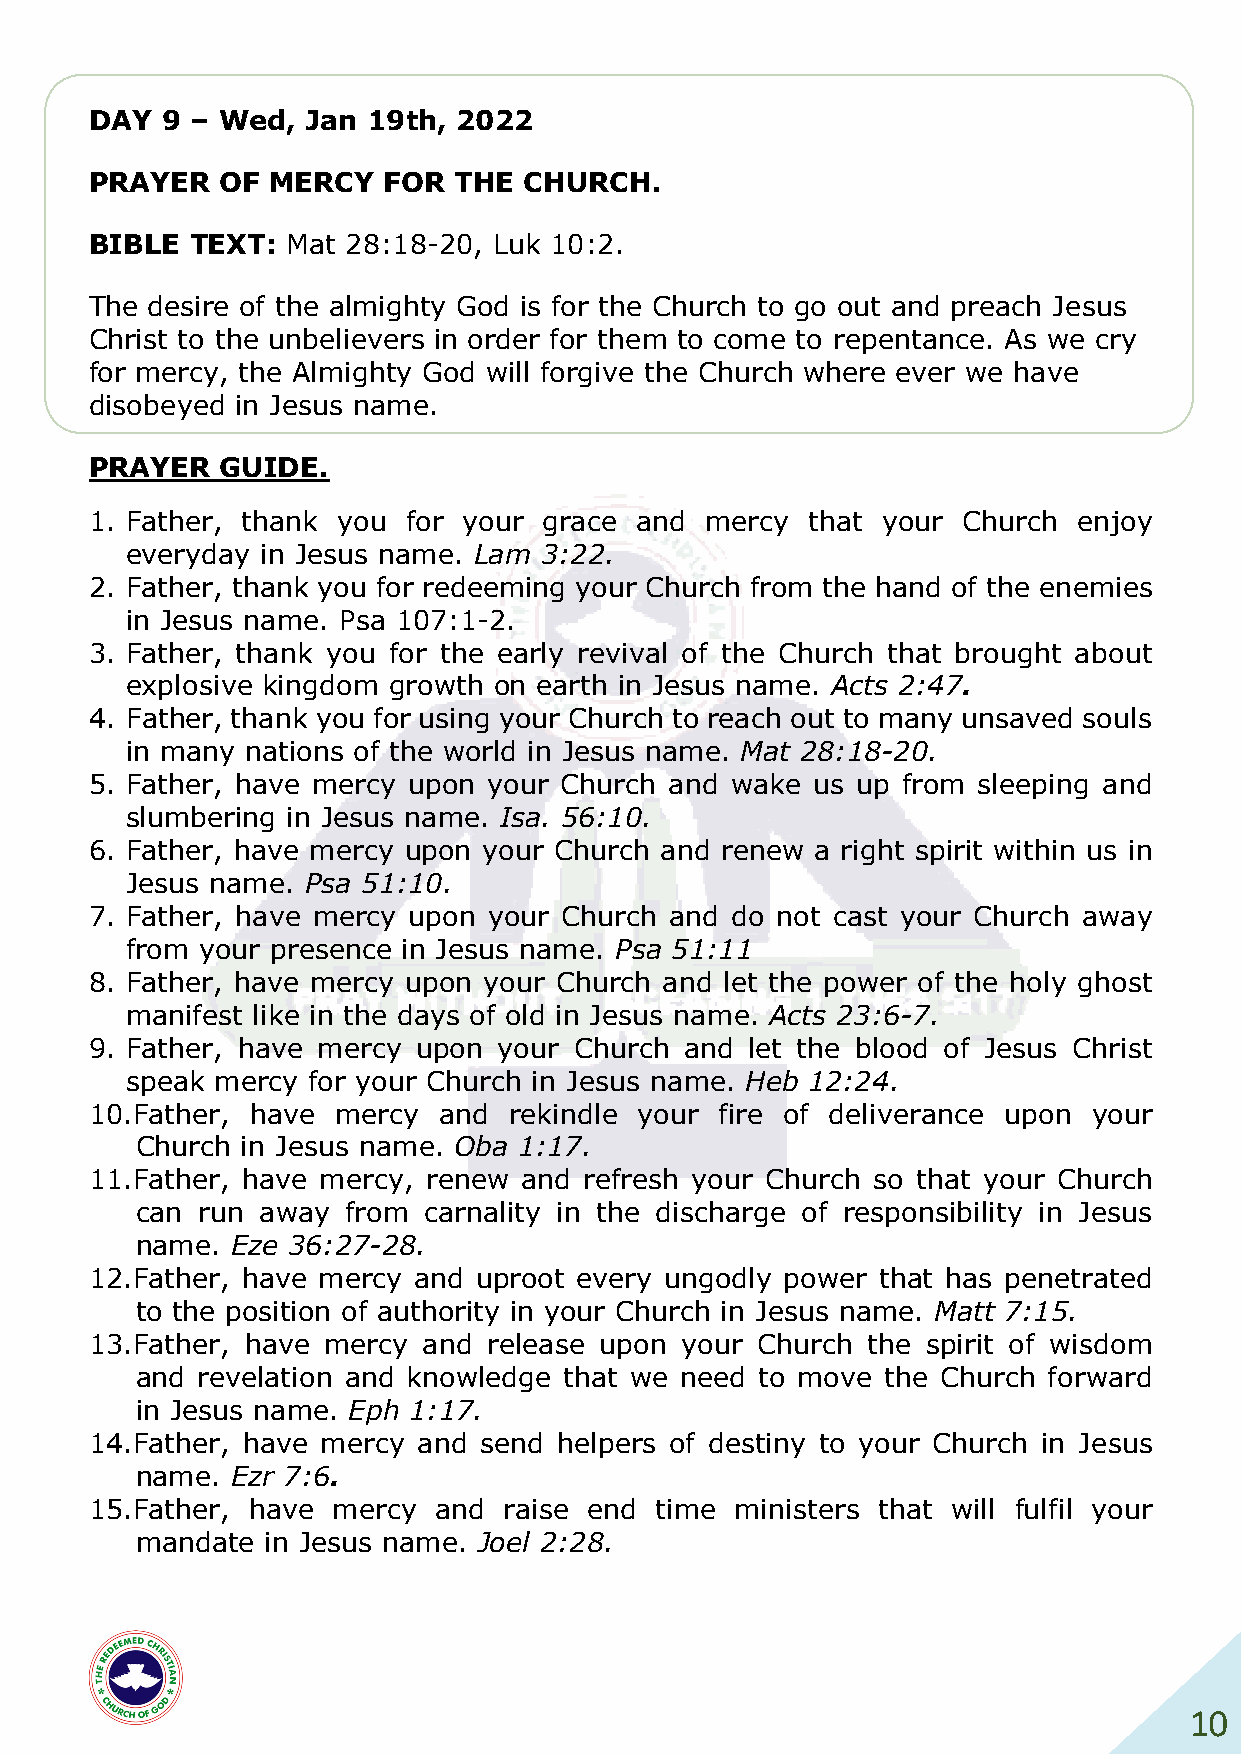
DAY  9 – Wed, Jan 19th, 2022
 PRAYER   OF MERCY  FOR  THE  CHURCH.
 BIBLE  TEXT: Mat 28:18-20, Luk 10:2.
 The desire of the almighty God is for the Church to go out and preach Jesus
 Christ to the unbelievers in order for them to come to repentance. As we cry
 for mercy, the Almighty God will forgive the Church where ever we have
 disobeyed in Jesus name.
 PRAYER   GUIDE.
 1. Father, thank you for your grace and  mercy  that your Church enjoy
 everyday in Jesus name. Lam 3:22.
 2. Father, thank you for redeeming your Church from the hand of the enemies
 in Jesus name. Psa 107:1-2.
 3. Father, thank you for the early revival of the Church that brought about
 explosive kingdom growth on earth in Jesus name. Acts 2:47.
 4. Father, thank you for using your Church to reach out to many unsaved souls
 in many nations of the world in Jesus name. Mat 28:18-20.
 5. Father, have mercy upon your Church and wake us up from sleeping and
 slumbering in Jesus name. Isa. 56:10.
 6. Father, have mercy upon your Church and renew a right spirit within us in
 Jesus name. Psa 51:10.
 7. Father, have mercy upon your Church and do not cast your Church away
 from your presence in Jesus name. Psa 51:11
 8. Father, have mercy upon your Church and let the power of the holy ghost
 manifest like in the days of old in Jesus name. Acts 23:6-7.
 9. Father, have mercy upon your Church and  let the blood of Jesus Christ
 speak mercy for your Church in Jesus name. Heb 12:24.
 10. Father, have mercy and  rekindle your fire of deliverance upon your
 Church in Jesus name. Oba 1:17.
 11. Father, have mercy, renew and refresh your Church so that your Church
 can run away  from carnality in the discharge of responsibility in Jesus
 name. Eze 36:27-28.
 12. Father, have mercy and uproot every ungodly power that has penetrated
 to the position of authority in your Church in Jesus name. Matt 7:15.
 13. Father, have mercy and release upon your Church the spirit of wisdom
 and revelation and knowledge that we need to move the Church forward
 in Jesus name. Eph 1:17.
 14. Father, have mercy and send helpers of destiny to your Church in Jesus
 name. Ezr 7:6.
 15. Father, have mercy and raise end time  ministers that will fulfil your
 mandate  in Jesus name. Joel 2:28.
 10